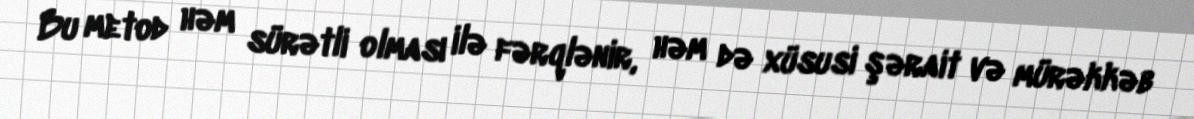
Bu metod həm sürətli olması ilə fərqlənir, həm də xüsusi şərait və mürəkkəb